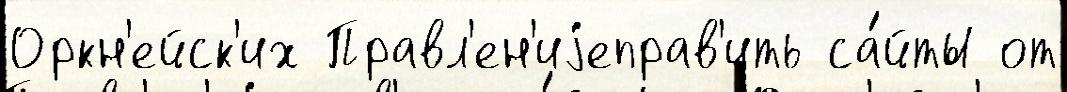
Оркн'ейск'их Правл'ен'иjеправ'ить са́йты от